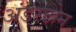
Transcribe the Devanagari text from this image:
अंडरटोन